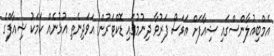
އެމްބިއުލާންސްގައި ޝިއާފަށް އަވަސް ފަރުވާ ދިނުމުގައި ޑޮކްޓަރުން އަވަދިނެތި އުޅުނެއް ކަމަކު ޝިއާފްގެ